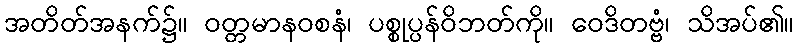
အတိတ်အနက်၌။ ဝတ္တမာနဝစနံ၊ ပစ္စုပ္ပန်ဝိဘတ်ကို။ ဝေဒိတဗ္ဗံ၊ သိအပ်၏။